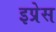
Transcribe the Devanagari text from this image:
इप्रेस